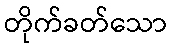
တိုက်ခတ်သော